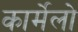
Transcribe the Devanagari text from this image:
कार्मेलो